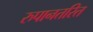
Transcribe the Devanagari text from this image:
रुपानतरित